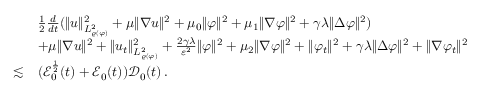
\begin{array} { r l } & { \frac { 1 } { 2 } \frac { d } { d t } ( \| u \| _ { L _ { \varrho ( \varphi ) } ^ { 2 } } ^ { 2 } + \mu \| \nabla u \| ^ { 2 } + \mu _ { 0 } \| \varphi \| ^ { 2 } + \mu _ { 1 } \| \nabla \varphi \| ^ { 2 } + \gamma \lambda \| \Delta \varphi \| ^ { 2 } ) } \\ & { + \mu \| \nabla u \| ^ { 2 } + \| u _ { t } \| _ { L _ { \varrho ( \varphi ) } ^ { 2 } } ^ { 2 } + \frac { 2 \gamma \lambda } { \varepsilon ^ { 2 } } \| \varphi \| ^ { 2 } + \mu _ { 2 } \| \nabla \varphi \| ^ { 2 } + \| \varphi _ { t } \| ^ { 2 } + \gamma \lambda \| \Delta \varphi \| ^ { 2 } + \| \nabla \varphi _ { t } \| ^ { 2 } } \\ { \lesssim } & { ( \mathcal { E } _ { 0 } ^ { \frac { 1 } { 2 } } ( t ) + \mathcal { E } _ { 0 } ( t ) ) \mathcal { D } _ { 0 } ( t ) \, . } \end{array}